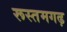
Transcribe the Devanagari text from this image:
रूस्तमगढ़